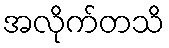
အလိုက်တသိ